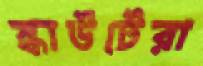
স্কাউটেরা